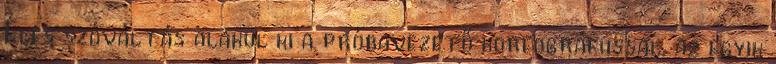
Éles szóváltás alakul ki a próbavezető koreográfussal, az egyik